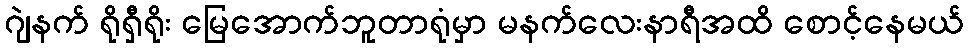
ဂျဲနက် ရိုရှီရိုး မြေအောက်ဘူတာရုံမှာ မနက်လေးနာရီအထိ စောင့်နေမယ်